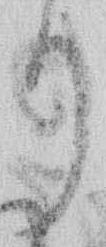
り